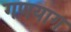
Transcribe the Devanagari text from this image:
गणयाग